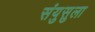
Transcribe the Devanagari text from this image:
संयुसुला